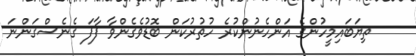
ތިޔަބައިމީހުންގެ އަންހެނުންކުރެ ހުތުރުކަން ބޮޑުވެގެންވާ ފާފަ ގެނެސްގަންނަ